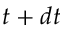
t + d t